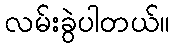
လမ်းခွဲပါတယ်။